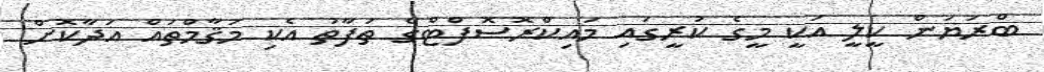
ބްރަޔަން ކީލީ އަކީ މީގެ ކުރީގައި މައިކްރޮސޮފްޓްގެ ތަފާތު އެކި މަޤާމްތައް އަދާކޮށް